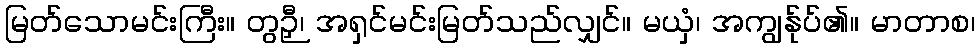
မြတ်သောမင်းကြီး။ တွဉှီ၊ အရှင်မင်းမြတ်သည်လျှင်။ မယှံ၊ အကျွန်ုပ်၏။ မာတာစ၊